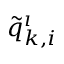
\tilde { q } _ { k , i } ^ { \i }